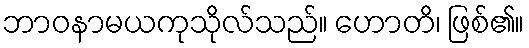
ဘာဝနာမယကုသိုလ်သည်။ ဟောတိ၊ ဖြစ်၏။